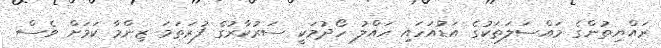
ރައްޔިތުންގެ މައްސަލަތަކުގެ އަޑުއަހައި ހައްލު ހޯދުމަކީ ސަރުކާރުގެ ފުރަތަމަ ޒިންމާ ކަމަށް ވެސް